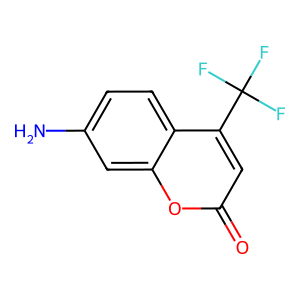
SMILES: Nc1ccc2c(C(F)(F)F)cc(=O)oc2c1
Inhibits HIV replication: No